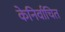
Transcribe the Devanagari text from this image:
केनिर्वाचित